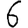
Digit: 6